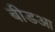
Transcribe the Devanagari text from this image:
बीडआ